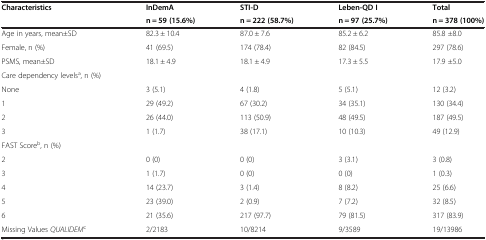
<table><thead><tr><td rowspan="2"><b>Characteristics</b></td><td><b>InDemA</b></td><td><b>STI-D</b></td><td><b>Leben-QD I</b></td><td><b>Total</b></td></tr><tr><td><b>n = 59 (15.6%)</b></td><td><b>n = 222 (58.7%)</b></td><td><b>n = 97 (25.7%)</b></td><td><b>n = 378 (100%)</b></td></tr></thead><tbody><tr><td>Age in years, mean±SD</td><td>82.3 ± 10.4</td><td>87.0 ± 7.6</td><td>85.2 ± 6.2</td><td>85.8 ±8.0</td></tr><tr><td>Female, n (%)</td><td>41 (69.5)</td><td>174 (78.4)</td><td>82 (84.5)</td><td>297 (78.6)</td></tr><tr><td>PSMS, mean±SD</td><td>18.1 ± 4.9</td><td>18.1 ± 4.9</td><td>17.3 ± 5.5</td><td>17.9 ±5.0</td></tr><tr><td>Care dependency levels<sup>a</sup>, n (%)</td><td> </td><td> </td><td> </td><td> </td></tr><tr><td>None</td><td>3 (5.1)</td><td>4 (1.8)</td><td>5 (5.1)</td><td>12 (3.2)</td></tr><tr><td>1</td><td>29 (49.2)</td><td>67 (30.2)</td><td>34 (35.1)</td><td>130 (34.4)</td></tr><tr><td>2</td><td>26 (44.0)</td><td>113 (50.9)</td><td>48 (49.5)</td><td>187 (49.5)</td></tr><tr><td>3</td><td>1 (1.7)</td><td>38 (17.1)</td><td>10 (10.3)</td><td>49 (12.9)</td></tr><tr><td>FAST Score<sup>b</sup>, n (%)</td><td> </td><td> </td><td> </td><td> </td></tr><tr><td>2</td><td>0 (0)</td><td>0 (0)</td><td>3 (3.1)</td><td>3 (0.8)</td></tr><tr><td>3</td><td>1 (1.7)</td><td>0 (0)</td><td>0 (0)</td><td>1 (0.3)</td></tr><tr><td>4</td><td>14 (23.7)</td><td>3 (1.4)</td><td>8 (8.2)</td><td>25 (6.6)</td></tr><tr><td>5</td><td>23 (39.0)</td><td>2 (0.9)</td><td>7 (7.2)</td><td>32 (8.5)</td></tr><tr><td>6</td><td>21 (35.6)</td><td>217 (97.7)</td><td>79 (81.5)</td><td>317 (83.9)</td></tr><tr><td>Missing Values <i>QUALIDEM</i><sup>c</sup></td><td>2/2183</td><td>10/8214</td><td>9/3589</td><td>19/13986</td></tr></tbody></table>